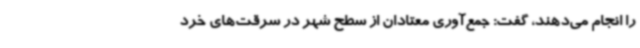
را انجام می‌دهند، گفت: جمع‌آوری معتادان از سطح شهر در سرقت‌های خرد